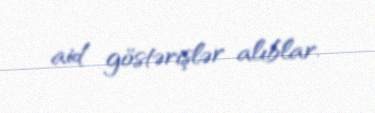
aid göstərişlər alıblar.